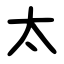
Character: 太